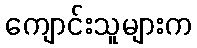
ကျောင်းသူများက